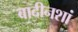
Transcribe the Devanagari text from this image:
बादीनशां